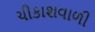
ચીકાશવાળી